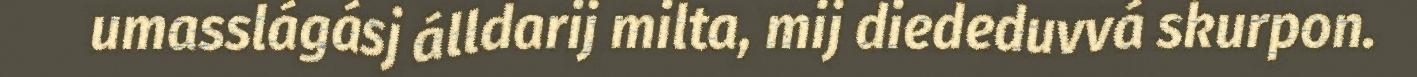
umasslágásj álldarij milta, mij diededuvvá skurpon.